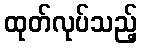
ထုတ်လုပ်သည့်